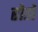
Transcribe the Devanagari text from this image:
रोडो